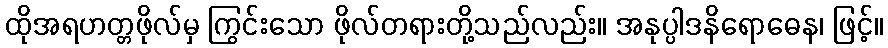
ထိုအရဟတ္တဖိုလ်မှ ကြွင်းသော ဖိုလ်တရားတို့သည်လည်း။ အနုပ္ပါဒနိရောဓေန၊ ဖြင့်။